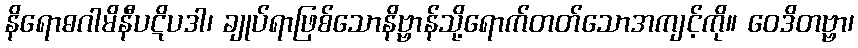
နိရောဓဂါမိနီပဋိပဒါ၊ ချုပ်ရာဖြစ်သောနိဗ္ဗာန်သို့ရောက်တတ်သောအကျင့်ကို။ ဝေဒိတဗ္ဗာ၊